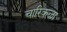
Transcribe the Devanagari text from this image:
चारिकळा